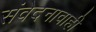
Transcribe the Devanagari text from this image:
संवेदनावाही